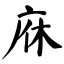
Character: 庥